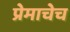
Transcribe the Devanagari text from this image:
प्रेमाचेच